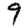
Digit: 9